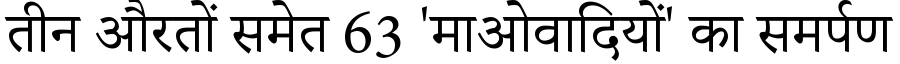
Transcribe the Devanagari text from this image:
तीन औरतों समेत 63 'माओवादियों' का समर्पण